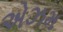
એઝમ